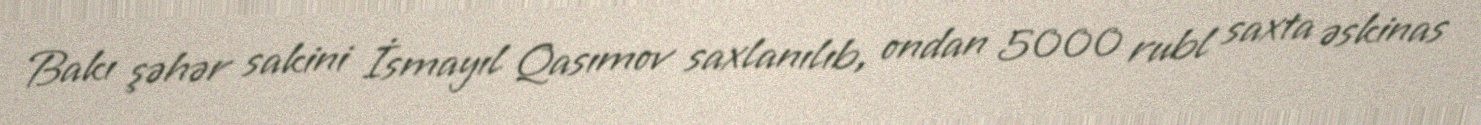
Bakı şəhər sakini İsmayıl Qasımov saxlanılıb, ondan 5000 rubl saxta əskinas